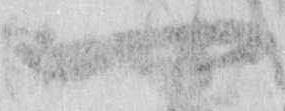
一